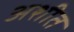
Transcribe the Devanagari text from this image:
अशीत